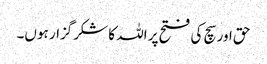
حق اور سچ کی فتح پر اللہ کا شکرگزار ہوں۔